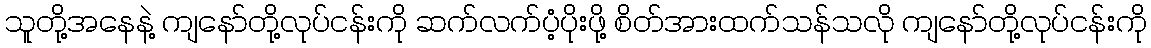
သူတို့အနေနဲ့ ကျနော်တို့လုပ်ငန်းကို ဆက်လက်ပံ့ပိုးဖို့ စိတ်အားထက်သန်သလို ကျနော်တို့လုပ်ငန်းကို